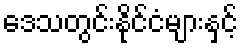
ဒေသတွင်းနိုင်ငံများနှင့်